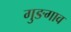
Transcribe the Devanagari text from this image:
गुङगाव